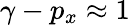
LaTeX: \gamma-p_{x}\approx 1